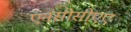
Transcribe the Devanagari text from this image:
एनसीसीएए